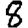
Digit: 8